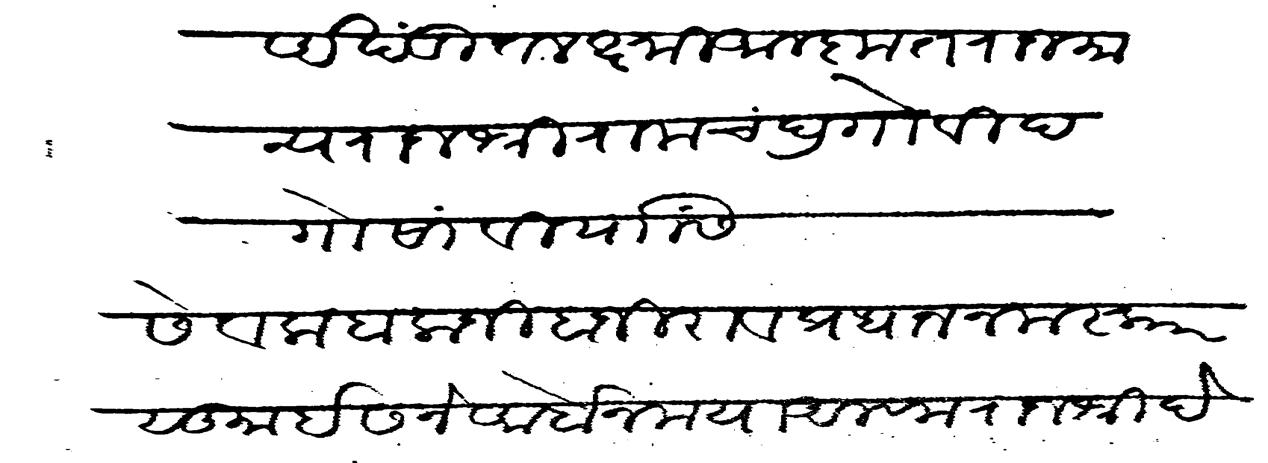
Transliteration (Devanagari): अखंडित लक्ष्मी अलकृत राजमान्य राजश्री रामचंद्र गोविद गोसावी यांसी सेवक बालाजी बाजीराव प्रधान नमस्कार सु इसने अर्बेन मया अलफ राजश्री देवराव